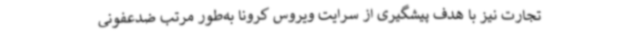
تجارت نیز با هدف پیشگیری از سرایت ویروس کرونا به‌طور مرتب ضدعفونی